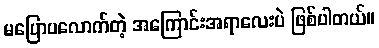
မပြောပလောက်တဲ့ အကြောင်းအရာလေးပဲ ဖြစ်ပါတယ်။